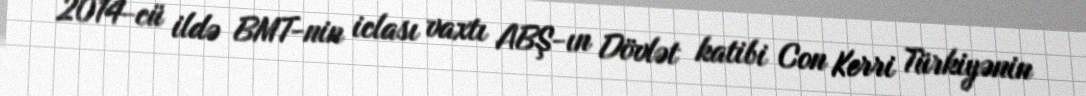
2014-cü ildə BMT-nin iclası vaxtı ABŞ-ın Dövlət katibi Con Kerri Türkiyənin